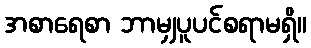
အစာရေစာ ဘာမျှပူပင်စရာမရှိ။